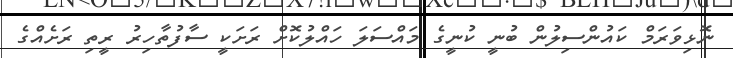
ނޮޅިވަރަމް ކައުންސިލުން ބުނީ ކުނީގެ މައްސަލަ ހައްލުކޮށް ރަށަކީ ސާފުތާހިރު ރީތި ރަށެއްގެ